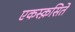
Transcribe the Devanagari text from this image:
एकस्क़सिते